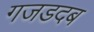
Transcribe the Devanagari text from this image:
गजडदब